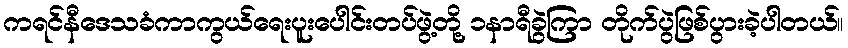
ကရင်နီဒေသခံကာကွယ်ရေးပူးပေါင်းတပ်ဖွဲ့တို့ ၁နာရီခွဲကြာ တိုက်ပွဲဖြစ်ပွားခဲ့ပါတယ်။